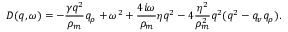
D ( q , \omega ) = - \frac { \gamma q ^ { 2 } } { \rho _ { m } } q _ { \rho } + \omega ^ { 2 } + \frac { 4 i \omega } { \rho _ { m } } \eta q ^ { 2 } - 4 \frac { \eta ^ { 2 } } { \rho _ { m } ^ { 2 } } q ^ { 2 } ( q ^ { 2 } - q _ { v } q _ { \rho } ) .